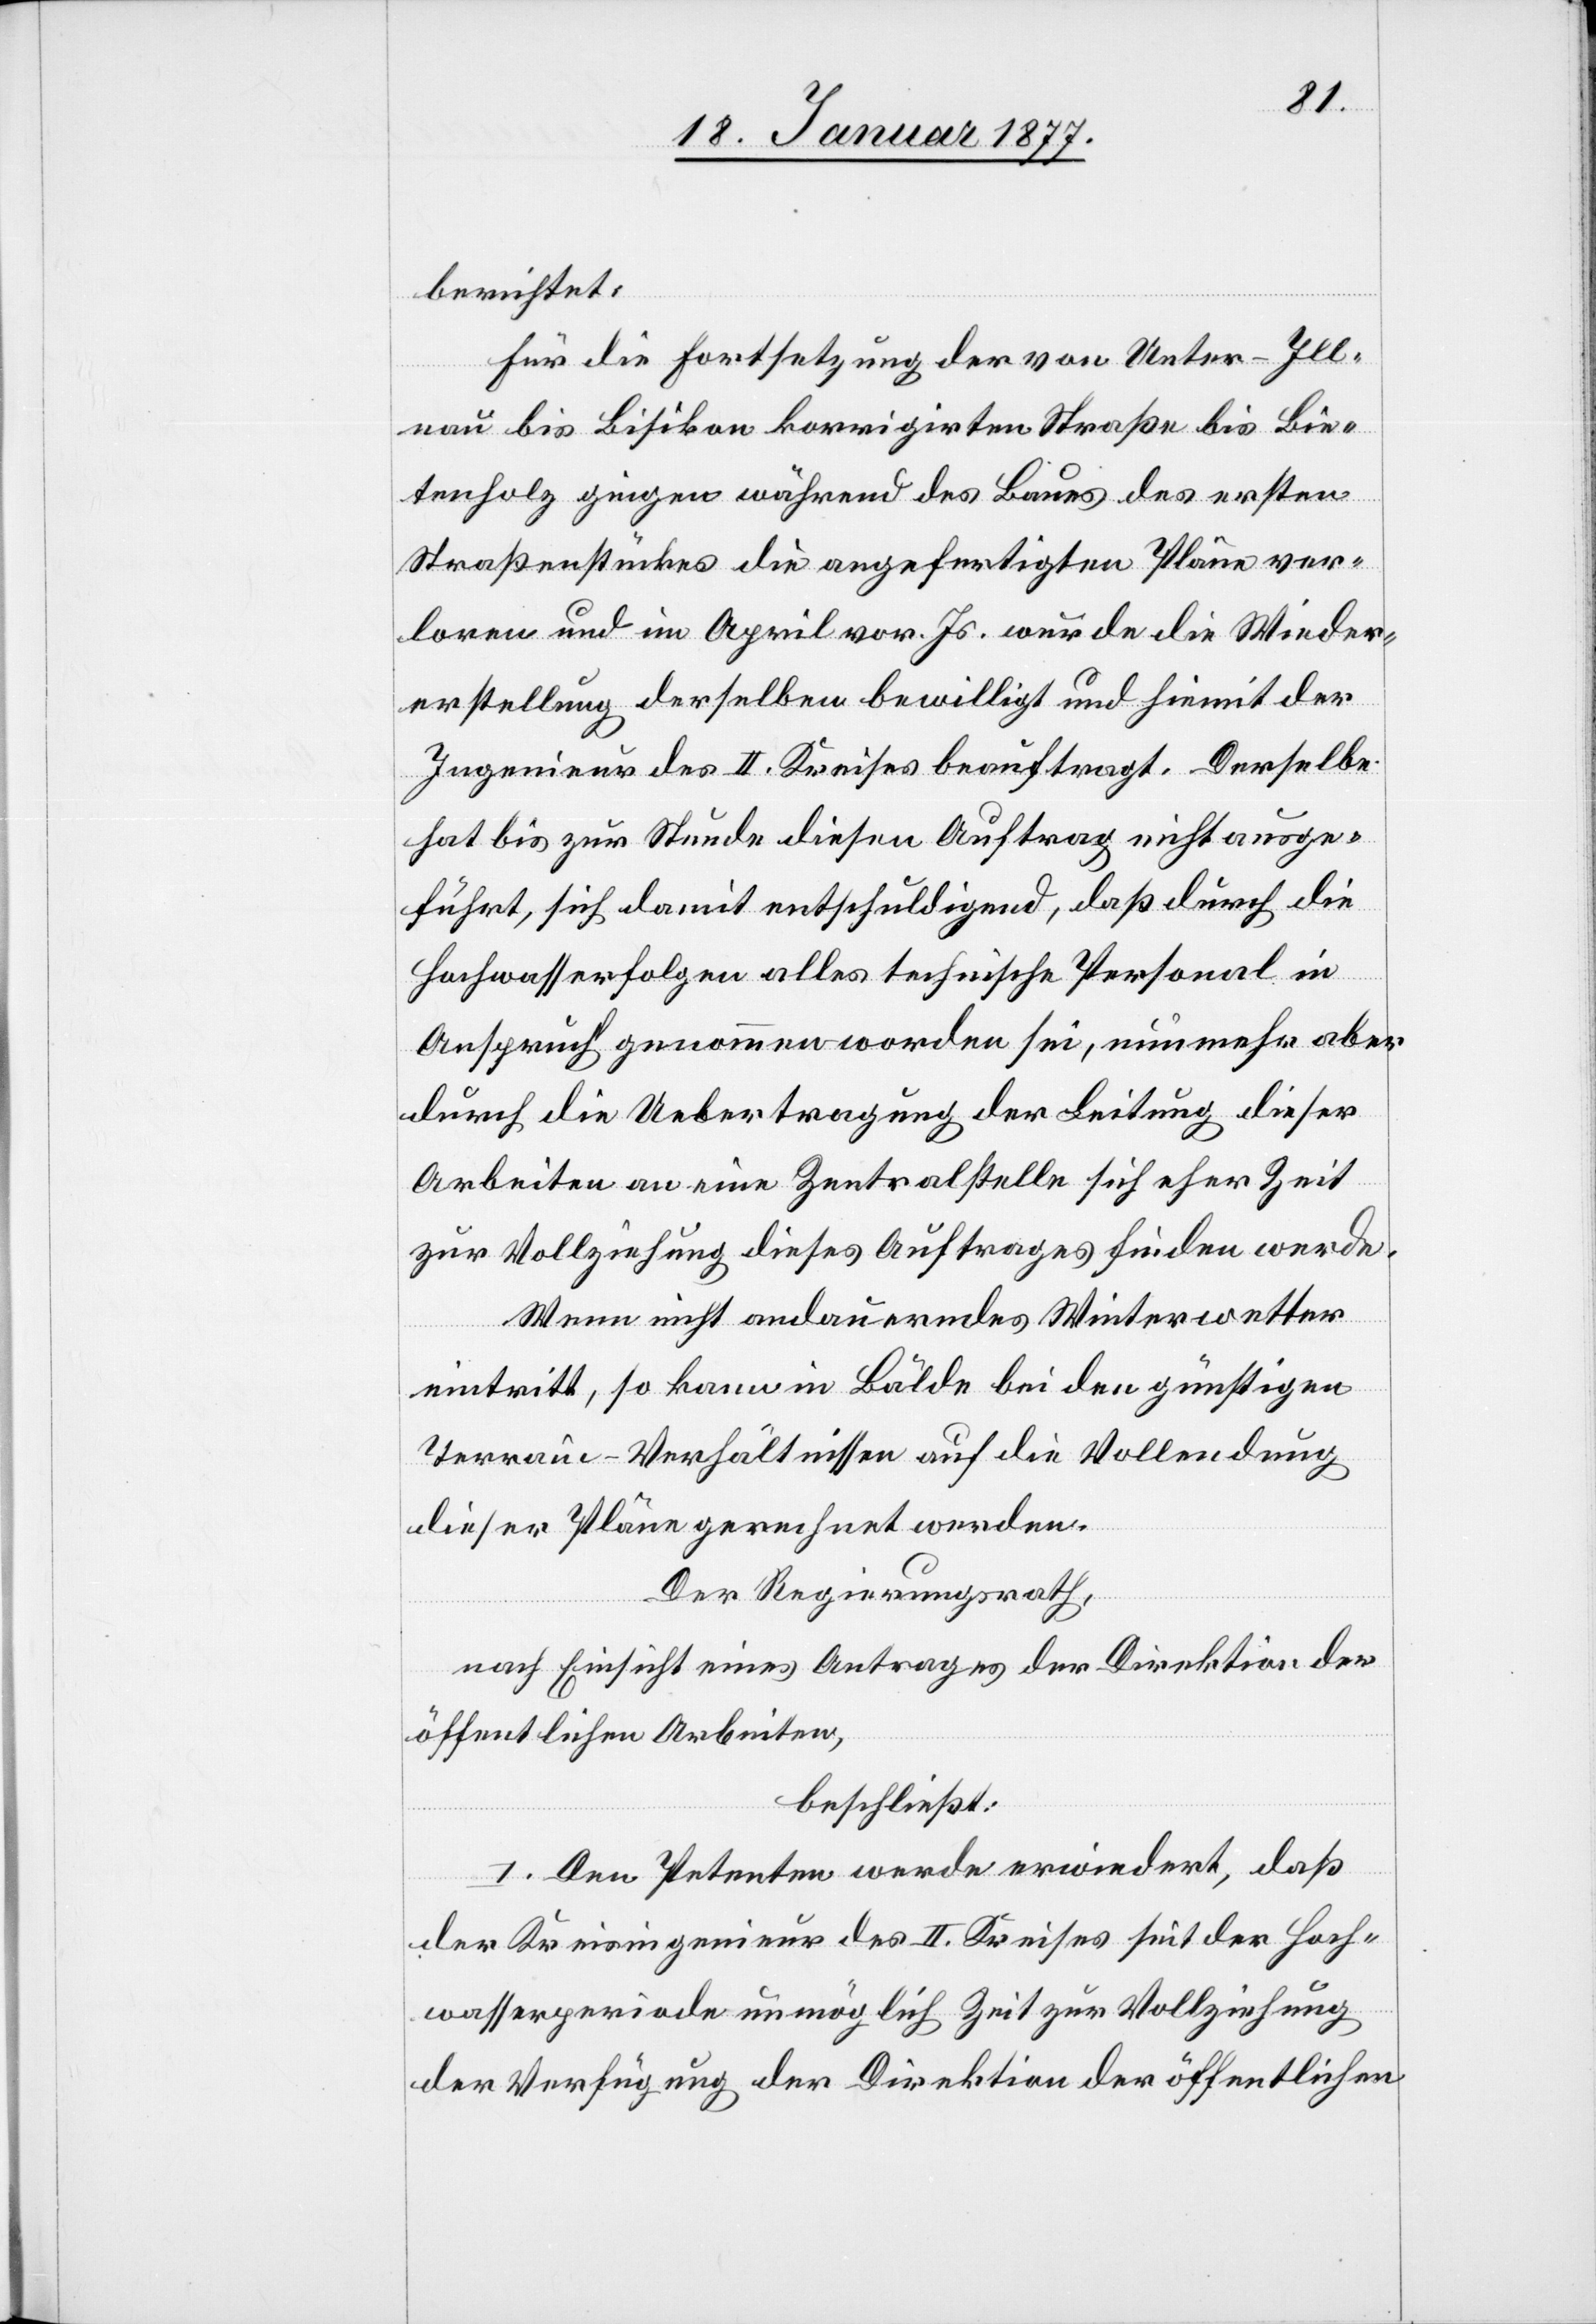
berichtet:
Für die Fortsetzung der von Uster–Ill¬
nau bis Bisikon korrigirten Straße bis Bie¬
tenholz gingen während des Baues des ersten
Straßenstückes die angefertigten Pläne ver¬
loren und im April vor. Js. wurde die Wieder¬
erstellung derselben bewilligt und hiemit der
Ingenieur des II. Kreises beauftragt. Derselbe
hat bis zur Stunde diesen Auftrag nicht ausge¬
führt, sich damit entschuldigend, daß durch die
Hochwasserfolgen alles technische Personal in
Anspruch genommen worden sei, nunmehr aber
durch die Uebertragung der Leitung dieser
Arbeiten an eine Zentralstelle sich eher Zeit
zur Vollziehung dieses Auftrages finden werde.
Wenn nicht andauerndes Winterwetter
eintritt, so kann in Bälde bei den günstigen
Terrain-Verhältnissen auf die Vollendung
dieser Pläne gerechnet werden.
Der Regierungsrath,
nach Einsicht eines Antrages der Direktion der
öffentlichen Arbeiten,
beschließt:
I. Den Petenten werde erwiedert, daß
der Kreisingenieur des II. Kreises seit der Hoch¬
wasserperiode unmöglich Zeit zur Vollziehung
der Verfügung der Direktion der öffentlichen